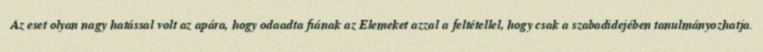
Az eset olyan nagy hatással volt az apára, hogy odaadta fiának az Elemeket azzal a feltétellel, hogy csak a szabadidejében tanulmányozhatja.